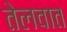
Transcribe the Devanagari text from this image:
तेलवात